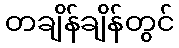
တချိန်ချိန်တွင်